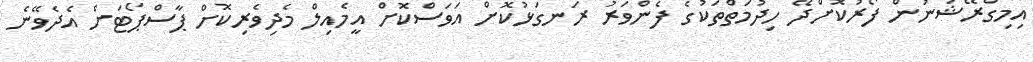
އިމިގްރޭޝަނުން ފޯރުކޮށްދޭ ހިދުމަތްތަކުގެ ފެންވަރު ރަނގަޅުކޮށް އަވަސްކޮށް އީމެއިލް މެދިވެރިކޮށް ޕާސްޕޯޓަށް އެދެވޭނެ